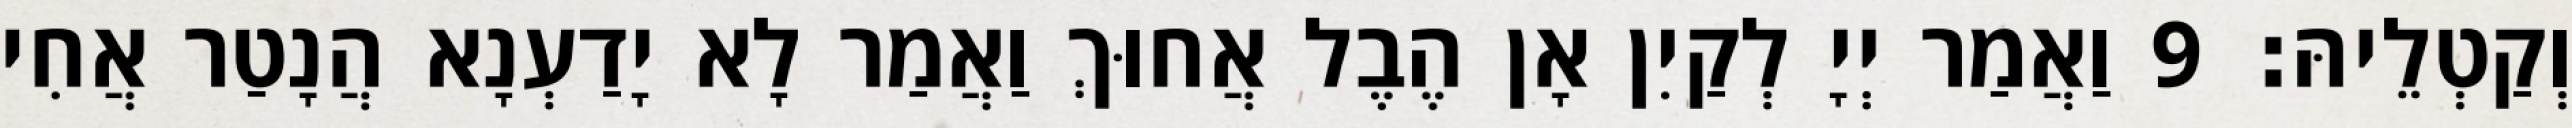
וְקַטְלֵיהּ׃ 9 וַאֲמַר יְיָ לְקַיִן אָן הֶבֶל אֲחוּךְ וַאֲמַר לָא יָדַעְנָא הֲנָטַר אֲחִי